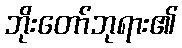
ဘိုးတော်ဘုရား၏